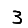
Digit: 3